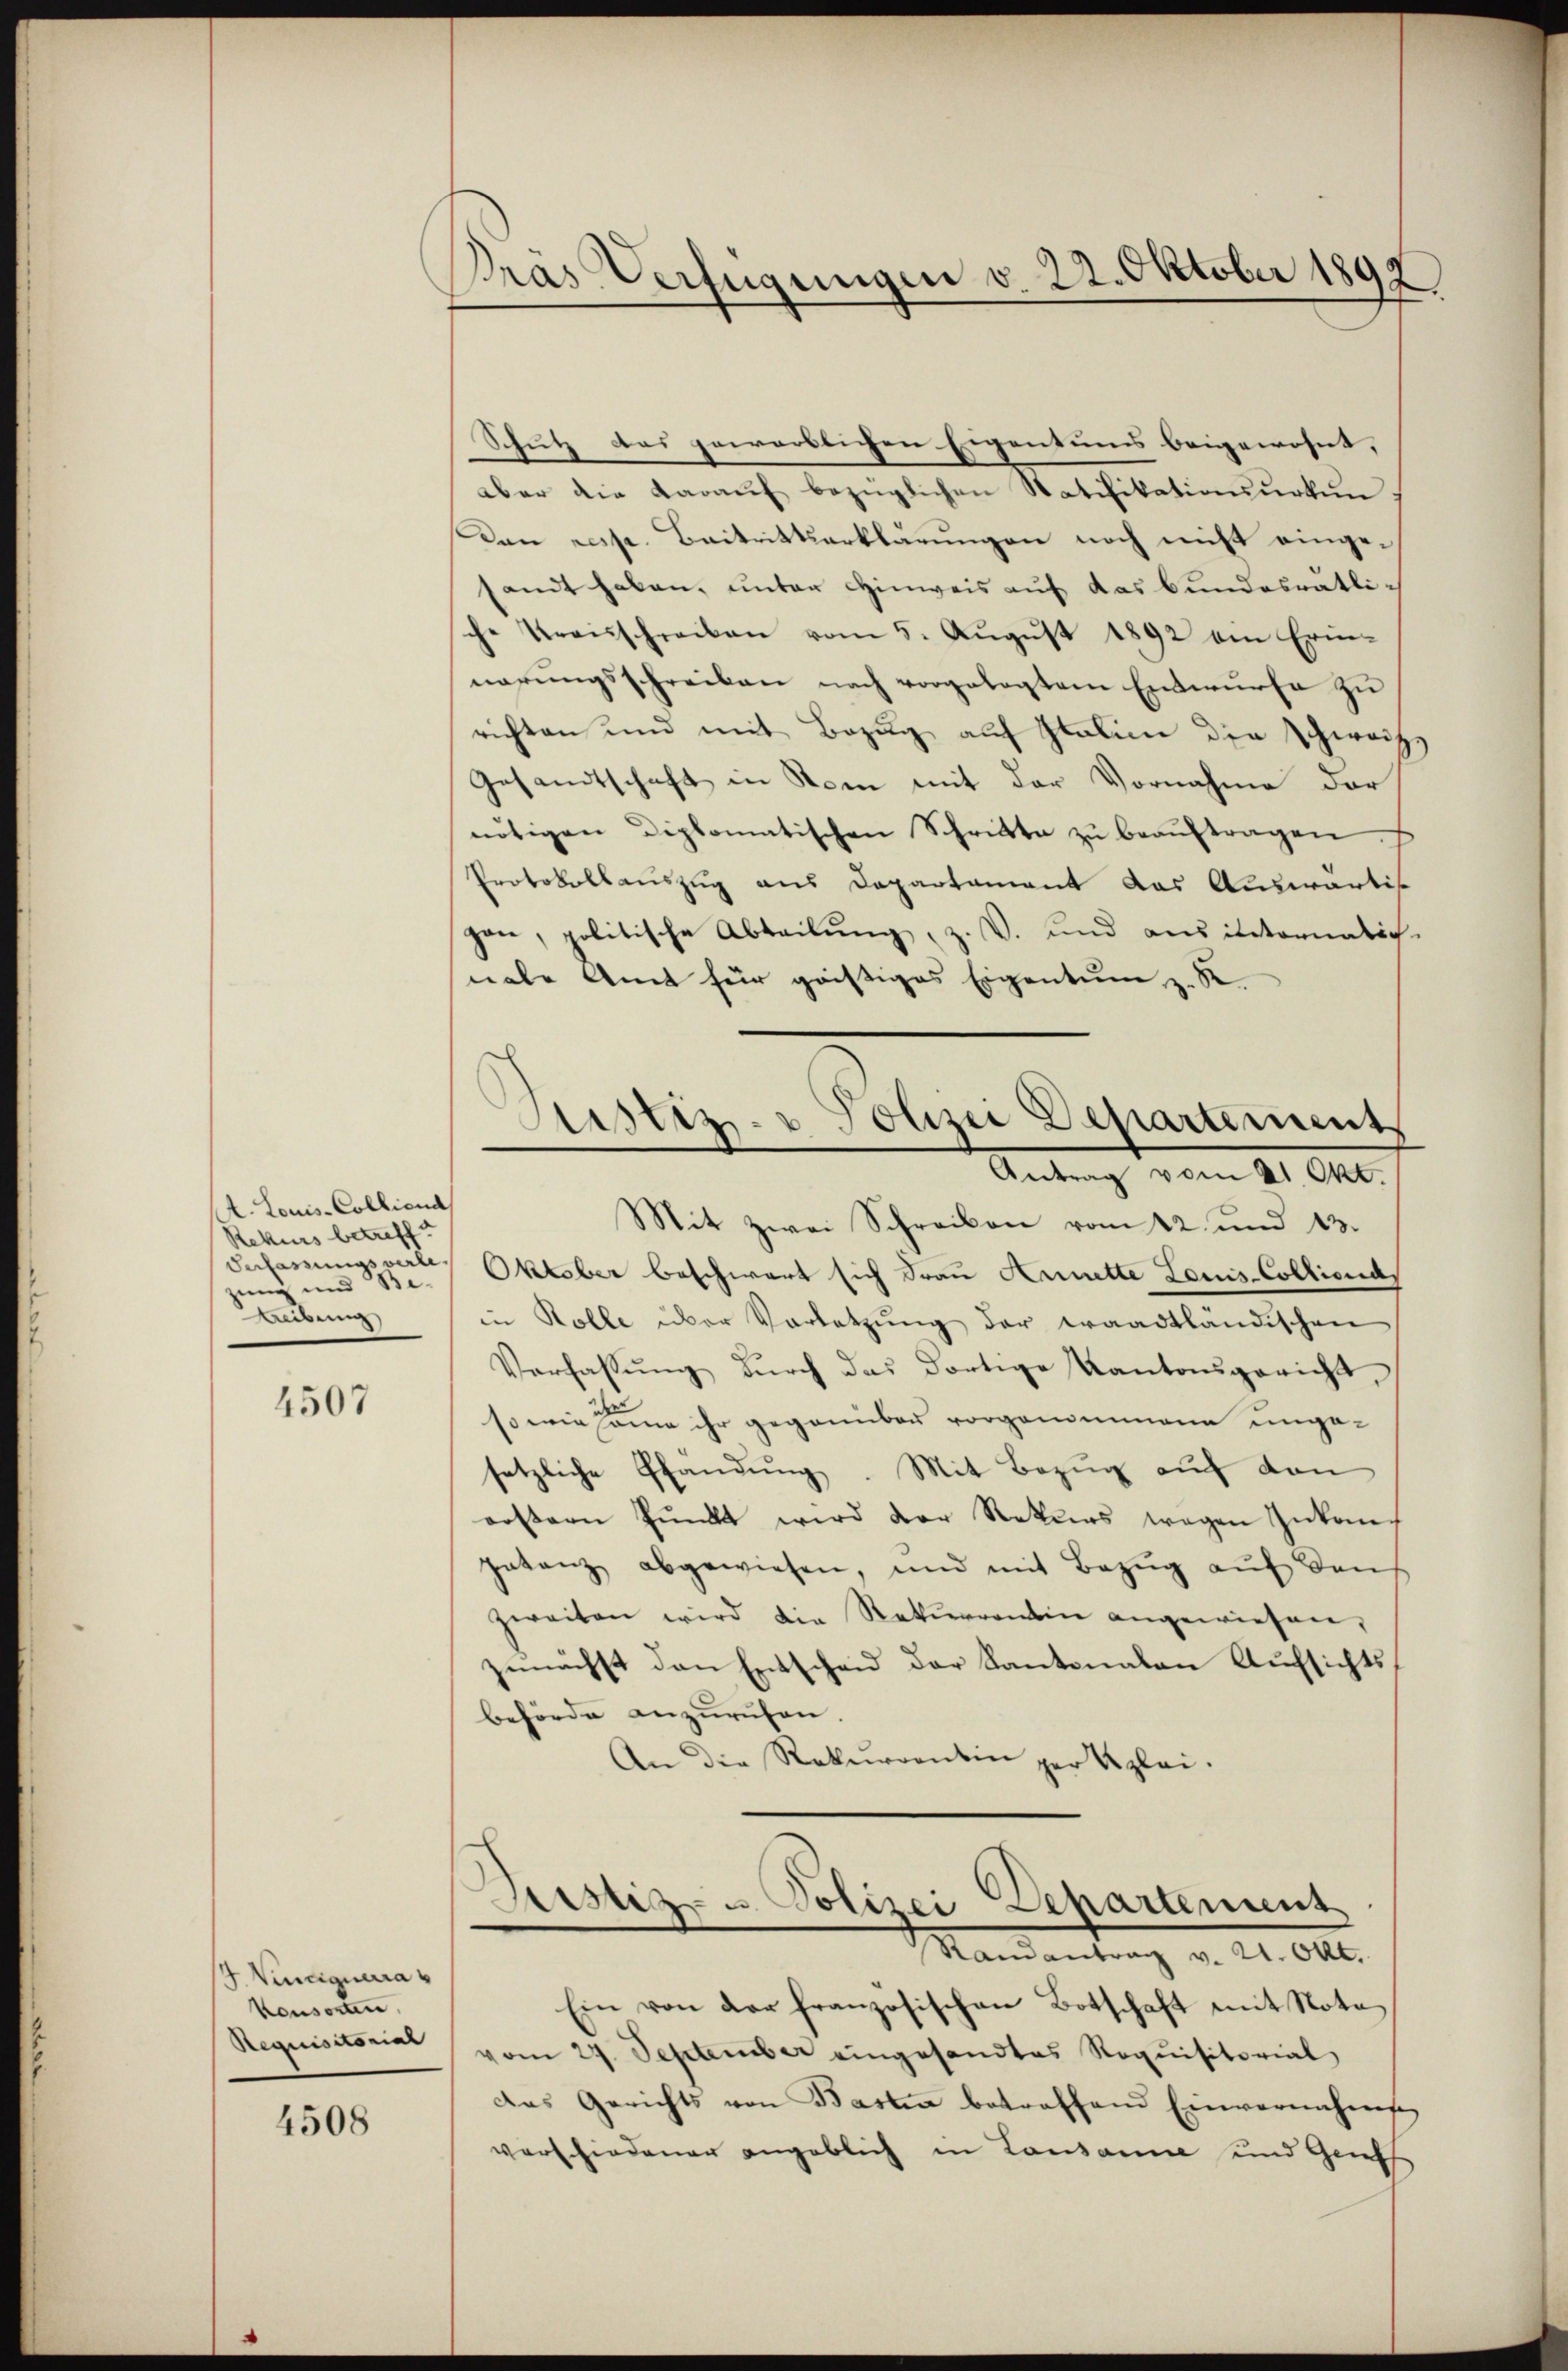
A. Louis-Colliend
Rekurs betreff
zung und Be¬
Reibung

4507

J. Vindiquera
Konsorten,
Requisitorial

4508

Pras Verfügungen v. 22. Oktober 1892

Schutz des gewärtlichen Eigentums beigewohnt, |
aber die daraŭf bezüglichen Ratifikationsurkun
Dan resp. Beitrittserklärungen noch nicht eingesandt haben, unter Hinweis auf das bundesrätliche Kreisschreiben vom 5. Aŭgŭst 1892 am Erin-
nerungsschreiben nach vorgelegtem Entwurfe zu
richten und mit Bezug auf Italien die Schweize
Gesandtschaft in Rom mit der Vornahme der
nötigen Diplomatischen Schritte zŭ beaŭftragen.
Protokollauszug aus Departament das Auswärtig
pon, politische Abteilŭng, z. V. und aus internalich-
nale Amt für geistiges Eigentum z. B.
Mit zwei Schreiben vom 12. und 13.
Verfassungsverle. Oktober beschwert sich Frau Arnette Louis-Collionas
in Rolle über Vorletzŭng der waadtländischen
Verfassŭng dŭrch das dortige Kantonsgericht,
so wie same ihr gegenüber vorgenommann ungesetzliche Pfandung. Mit Bezug auf den
erstern Pŭnkt wird der Rekurs wegen Inkongatanz abgewiesen, und mit Bezŭg aŭf den
zweiten wird die Rekurrentin angewiesen,
zunächst den Entschen der Kantonalen Aufsichts,
behörde anzurufen.
An die Rekurrentin per glei¬
Astiz - Polizei Departement
Randantrag v. 21. Okt.
Ein von der französischen Botschaft mit Nota
vom 24. September eingesandtes Requisitorial
das Gerichts von Basten betreffend Einvernehm
verschiedener angeblich in Lausanne und Geis

Justiz- & Polizei Departement
Antrag vom 21. Okt.